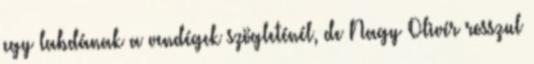
egy labdának a vendégek szögleténél, de Nagy Olivér rosszul